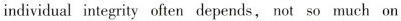
individual integrity often depends，not so much on